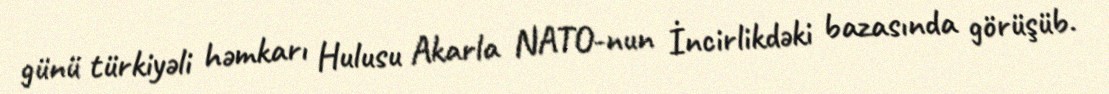
günü türkiyəli həmkarı Hulusu Akarla NATO-nun İncirlikdəki bazasında görüşüb.